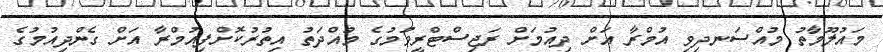
މައުލޫމާތު މުއްސަނދިވި އުމްރާ އަށް ދިއުމަށް ރަޖިސްޓްރީވުމުގެ މުއްދަތު އިތުރުކޮށްފިއުމްރާ އަށް ގެންދިއުމުގެ